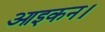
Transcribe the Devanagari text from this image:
आइकन।